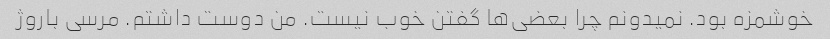
خوشمزه بود. نمیدونم چرا بعضی‌ها گفتن خوب نیست. من دوست داشتم. مرسی باروژ